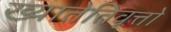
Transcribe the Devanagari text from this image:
ख्यातेतिवृत्तो